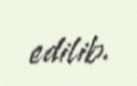
edilib.